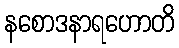
နစောဒနာရဟောတိ